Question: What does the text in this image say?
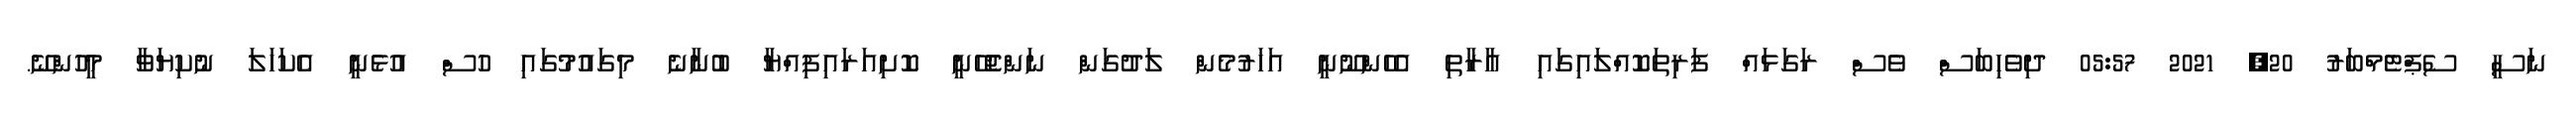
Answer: ނަސީ ސެޕްޓެމްބަރު 20, 2021 05:57 ދިވެހިބަސް ވެސް ރަގަޅައް ފަރިތަކޮއްލައިގައި އާރާތި އެހެންނޫނީ އަހަރުމެން ލަދުގަން ނަންޖެހޭނީ ކޮށިއަރައިފިއްޔާ ބުނާނެ މިގައުމުގައި ހުސް އުޅެނީ އެކަހަލަ ނުކިޔަވާ މީހުންނޭ.